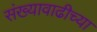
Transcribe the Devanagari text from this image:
संख्यावाढीच्या